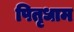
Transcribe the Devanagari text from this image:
पितृधाम